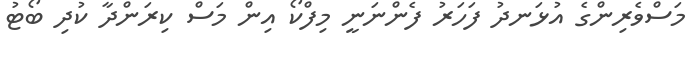
މަސްވެރިންގެ އުޅަނދު ފަހަރު ފެންނަނީ މިފްކޯ އިން މަސް ކިރަންދާ ކުދި ބޯޓު